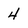
Character: 4